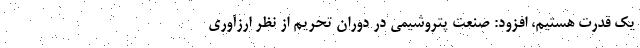
یک قدرت هستیم، افزود: صنعت پتروشیمی در دوران تحریم از نظر ارزآوری